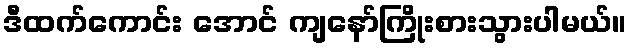
ဒီထက်ကောင်း အောင် ကျနော်ကြိုးစားသွားပါမယ်။